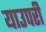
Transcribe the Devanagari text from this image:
याउपरी